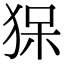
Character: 𤞥